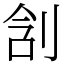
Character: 㓧